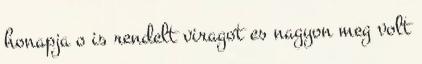
honapja o is rendelt viragot es nagyon meg volt